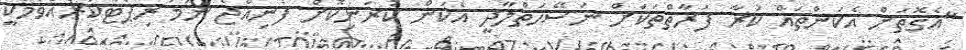
"އެގޮތަށް އެކަންތައް ކުރާ ފަރާތްތަކަށް ނަސޭހަތްލާދީ އެކަން ކުރަނިކޮށް ފެނިއްޖެ ނަމަ ރިޕޯޓުކުރެއްވުމަކީ